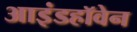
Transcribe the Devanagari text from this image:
आइंडहॉवेन